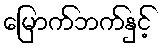
မြောက်ဘက်နှင့်